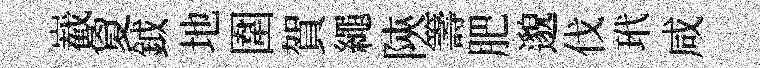
嶻夐鉞地圍賀繩陝籌肥邈伐玳咸